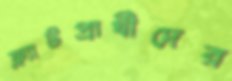
ফ্ল্যাটপ্রার্থীদের